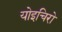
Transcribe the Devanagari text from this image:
योइचिरो